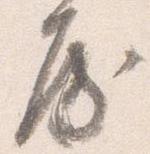
房